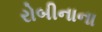
રોબીનાના